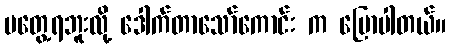
မတွေ့ရဘူးလို့ ဒေါက်တာသော်ကောင်း က ပြောပါတယ်။